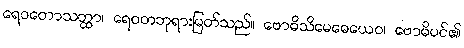
ရေဝတောသတ္ထာ၊ ရေဝတဘုရားမြတ်သည်။ ဗောဓိသိမေဓေယေဝ၊ ဗောဓိပင်၏